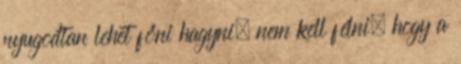
nyugodtan lehet főni hagyni, nem kell félni, hogy a